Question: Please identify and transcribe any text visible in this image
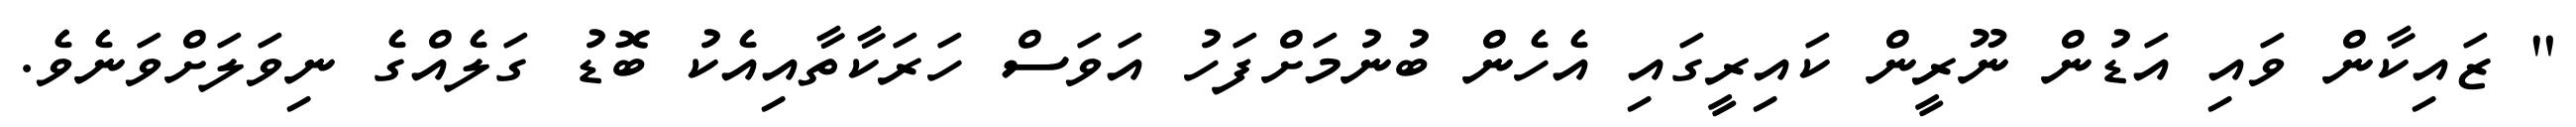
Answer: " ޒައިކާން ވައި އަޑުން ނޫރީން ކައިރީގައި އެހެން ބުނުމަށްފަހު އަވަސް ހަރަކާތާއިއެކު ބޮޑު ގަލެއްގެ ނިވަލަށްވަނެވެ.